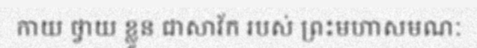
កាយ ថ្វាយ ខ្លួន ជាសាវ័ក របស់ ព្រះមហាសមណៈ